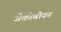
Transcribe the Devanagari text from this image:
जैकोबीयन